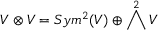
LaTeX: V \otimes V = S y m ^ { 2 } ( V ) \oplus \bigwedge ^ { 2 } V